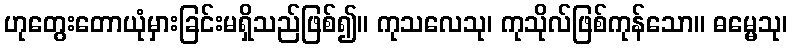
ဟုတွေးတောယုံမှားခြင်းမရှိသည်ဖြစ်၍။ ကုသလေသု၊ ကုသိုလ်ဖြစ်ကုန်သော။ ဓမ္မေသု၊